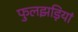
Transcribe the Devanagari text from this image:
फुलझड़ियां